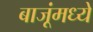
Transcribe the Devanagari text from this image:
बाजूंमध्ये